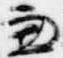
兼